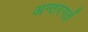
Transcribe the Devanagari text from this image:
अन्तरगर्त